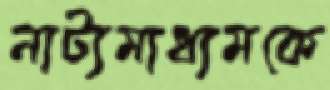
নাট্যমাধ্যমকে